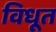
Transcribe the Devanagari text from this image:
विधूत